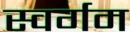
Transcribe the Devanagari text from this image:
स्वर्गम